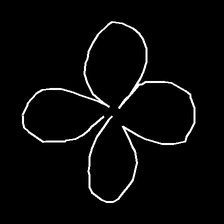
Glyph: billowing